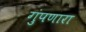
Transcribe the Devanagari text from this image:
गुंपणारा